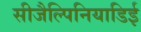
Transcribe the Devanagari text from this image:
सीजैल्पिनियाडिई